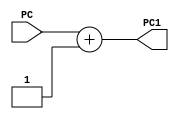
module PC_add_1(input[31 : 0] PC,
                output[31 : 0] PC1);
    assign PC1 = PC + 1;

endmodule